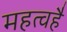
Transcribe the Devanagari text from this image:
महत्वहै